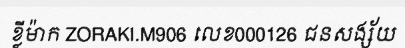
ខ្លីម៉ាក ZORAKI.M906 លេខ000126 ជនសង្ស័យ